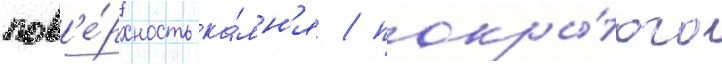
пов'е́рхность ка́мн'я / покры́того